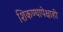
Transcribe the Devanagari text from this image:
शिकण्यापेक्षाही